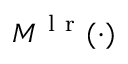
M ^ { \mathrm { ~ l ~ r ~ } } ( \cdot )